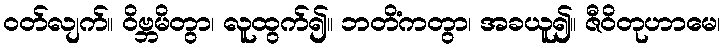
ဝတ်လျက်။ ဝိဗ္ဘမိတွာ၊ လူထွက်၍။ ဘတိံကတွာ၊ အခယူ၍။ ဇီဝိတုဟာမေ၊